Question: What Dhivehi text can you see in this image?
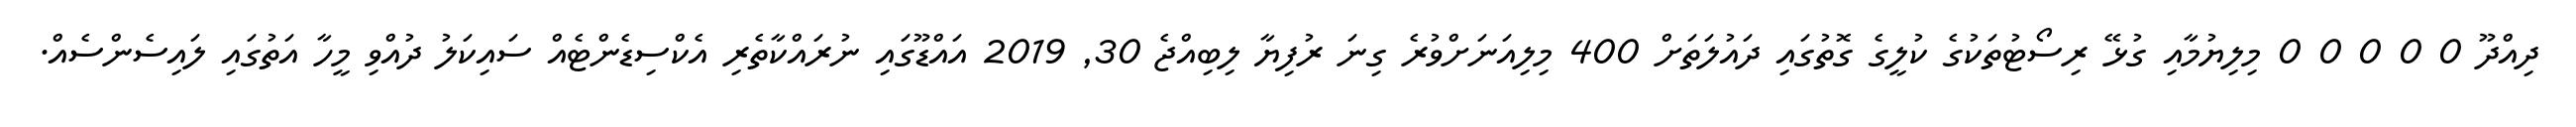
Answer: ދިއްދޫ 0 0 0 0 0 މިލިޔުމާއި ގުޅޭ ރިސޯޓުތަކުގެ ކުލީގެ ގޮތުގައި ދައުލަތަށް 400 މިލިއަނަށްވުރެ ގިނަ ރުފިޔާ ލިބިއްޖެ 30, 2019 އައްޑޫގައި ނުރައްކާތެރި އެކްސިޑެންޓެއް ސައިކަލު ދުއްވި މީހާ އަތުގައި ލައިސެންސެއް.